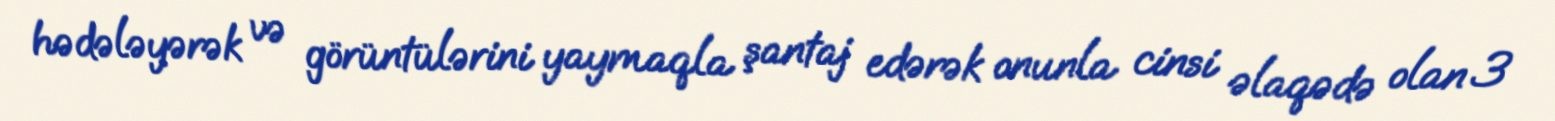
hədələyərək və görüntülərini yaymaqla şantaj edərək onunla cinsi əlaqədə olan 3